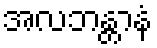
အလဘန္တာနံ